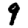
Digit: 9